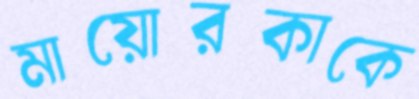
মায়োরকাকে